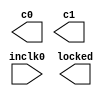
// megafunction wizard: %ALTPLL%VBB%
// GENERATION: STANDARD
// VERSION: WM1.0
// MODULE: altpll 

// ============================================================
// Megafunction Name(s):
// 			altpll
//
// Simulation Library Files(s):
// 			altera_mf
// ============================================================
// ************************************************************
// THIS IS A WIZARD-GENERATED FILE. DO NOT EDIT THIS FILE!
//
// 14.1.0 Build 186 12/03/2014 SJ Full Version
// ************************************************************

//Copyright (C) 1991-2014 Altera Corporation. All rights reserved.
//Your use of Altera Corporation's design tools, logic functions 
//and other software and tools, and its AMPP partner logic 
//functions, and any output files from any of the foregoing 
//(including device programming or simulation files), and any 
//associated documentation or information are expressly subject 
//to the terms and conditions of the Altera Program License 
//Subscription Agreement, the Altera Quartus II License Agreement,
//the Altera MegaCore Function License Agreement, or other 
//applicable license agreement, including, without limitation, 
//that your use is for the sole purpose of programming logic 
//devices manufactured by Altera and sold by Altera or its 
//authorized distributors.  Please refer to the applicable 
//agreement for further details.

module MyPLL (
	inclk0,
	c0,
	c1,
	locked);

	input	  inclk0;
	output	  c0;
	output	  c1;
	output	  locked;

endmodule

// ============================================================
// CNX file retrieval info
// ============================================================
// Retrieval info: PRIVATE: ACTIVECLK_CHECK STRING "0"
// Retrieval info: PRIVATE: BANDWIDTH STRING "1.000"
// Retrieval info: PRIVATE: BANDWIDTH_FEATURE_ENABLED STRING "1"
// Retrieval info: PRIVATE: BANDWIDTH_FREQ_UNIT STRING "MHz"
// Retrieval info: PRIVATE: BANDWIDTH_PRESET STRING "Low"
// Retrieval info: PRIVATE: BANDWIDTH_USE_AUTO STRING "1"
// Retrieval info: PRIVATE: BANDWIDTH_USE_PRESET STRING "0"
// Retrieval info: PRIVATE: CLKBAD_SWITCHOVER_CHECK STRING "0"
// Retrieval info: PRIVATE: CLKLOSS_CHECK STRING "0"
// Retrieval info: PRIVATE: CLKSWITCH_CHECK STRING "0"
// Retrieval info: PRIVATE: CNX_NO_COMPENSATE_RADIO STRING "0"
// Retrieval info: PRIVATE: CREATE_CLKBAD_CHECK STRING "0"
// Retrieval info: PRIVATE: CREATE_INCLK1_CHECK STRING "0"
// Retrieval info: PRIVATE: CUR_DEDICATED_CLK STRING "c0"
// Retrieval info: PRIVATE: CUR_FBIN_CLK STRING "c0"
// Retrieval info: PRIVATE: DEVICE_SPEED_GRADE STRING "Any"
// Retrieval info: PRIVATE: DIV_FACTOR0 NUMERIC "1"
// Retrieval info: PRIVATE: DIV_FACTOR1 NUMERIC "1"
// Retrieval info: PRIVATE: DUTY_CYCLE0 STRING "50.00000000"
// Retrieval info: PRIVATE: DUTY_CYCLE1 STRING "50.00000000"
// Retrieval info: PRIVATE: EFF_OUTPUT_FREQ_VALUE0 STRING "20.000000"
// Retrieval info: PRIVATE: EFF_OUTPUT_FREQ_VALUE1 STRING "80.000000"
// Retrieval info: PRIVATE: EXPLICIT_SWITCHOVER_COUNTER STRING "0"
// Retrieval info: PRIVATE: EXT_FEEDBACK_RADIO STRING "0"
// Retrieval info: PRIVATE: GLOCKED_COUNTER_EDIT_CHANGED STRING "1"
// Retrieval info: PRIVATE: GLOCKED_FEATURE_ENABLED STRING "0"
// Retrieval info: PRIVATE: GLOCKED_MODE_CHECK STRING "0"
// Retrieval info: PRIVATE: GLOCK_COUNTER_EDIT NUMERIC "1048575"
// Retrieval info: PRIVATE: HAS_MANUAL_SWITCHOVER STRING "1"
// Retrieval info: PRIVATE: INCLK0_FREQ_EDIT STRING "20.000"
// Retrieval info: PRIVATE: INCLK0_FREQ_UNIT_COMBO STRING "MHz"
// Retrieval info: PRIVATE: INCLK1_FREQ_EDIT STRING "100.000"
// Retrieval info: PRIVATE: INCLK1_FREQ_EDIT_CHANGED STRING "1"
// Retrieval info: PRIVATE: INCLK1_FREQ_UNIT_CHANGED STRING "1"
// Retrieval info: PRIVATE: INCLK1_FREQ_UNIT_COMBO STRING "MHz"
// Retrieval info: PRIVATE: INTENDED_DEVICE_FAMILY STRING "Cyclone IV E"
// Retrieval info: PRIVATE: INT_FEEDBACK__MODE_RADIO STRING "1"
// Retrieval info: PRIVATE: LOCKED_OUTPUT_CHECK STRING "1"
// Retrieval info: PRIVATE: LONG_SCAN_RADIO STRING "1"
// Retrieval info: PRIVATE: LVDS_MODE_DATA_RATE STRING "Not Available"
// Retrieval info: PRIVATE: LVDS_MODE_DATA_RATE_DIRTY NUMERIC "0"
// Retrieval info: PRIVATE: LVDS_PHASE_SHIFT_UNIT0 STRING "deg"
// Retrieval info: PRIVATE: LVDS_PHASE_SHIFT_UNIT1 STRING "deg"
// Retrieval info: PRIVATE: MIG_DEVICE_SPEED_GRADE STRING "Any"
// Retrieval info: PRIVATE: MIRROR_CLK0 STRING "0"
// Retrieval info: PRIVATE: MIRROR_CLK1 STRING "0"
// Retrieval info: PRIVATE: MULT_FACTOR0 NUMERIC "1"
// Retrieval info: PRIVATE: MULT_FACTOR1 NUMERIC "4"
// Retrieval info: PRIVATE: NORMAL_MODE_RADIO STRING "1"
// Retrieval info: PRIVATE: OUTPUT_FREQ0 STRING "100.00000000"
// Retrieval info: PRIVATE: OUTPUT_FREQ1 STRING "100.00000000"
// Retrieval info: PRIVATE: OUTPUT_FREQ_MODE0 STRING "0"
// Retrieval info: PRIVATE: OUTPUT_FREQ_MODE1 STRING "0"
// Retrieval info: PRIVATE: OUTPUT_FREQ_UNIT0 STRING "MHz"
// Retrieval info: PRIVATE: OUTPUT_FREQ_UNIT1 STRING "MHz"
// Retrieval info: PRIVATE: PHASE_RECONFIG_FEATURE_ENABLED STRING "1"
// Retrieval info: PRIVATE: PHASE_RECONFIG_INPUTS_CHECK STRING "0"
// Retrieval info: PRIVATE: PHASE_SHIFT0 STRING "0.00000000"
// Retrieval info: PRIVATE: PHASE_SHIFT1 STRING "0.00000000"
// Retrieval info: PRIVATE: PHASE_SHIFT_STEP_ENABLED_CHECK STRING "0"
// Retrieval info: PRIVATE: PHASE_SHIFT_UNIT0 STRING "deg"
// Retrieval info: PRIVATE: PHASE_SHIFT_UNIT1 STRING "deg"
// Retrieval info: PRIVATE: PLL_ADVANCED_PARAM_CHECK STRING "0"
// Retrieval info: PRIVATE: PLL_ARESET_CHECK STRING "0"
// Retrieval info: PRIVATE: PLL_AUTOPLL_CHECK NUMERIC "1"
// Retrieval info: PRIVATE: PLL_ENHPLL_CHECK NUMERIC "0"
// Retrieval info: PRIVATE: PLL_FASTPLL_CHECK NUMERIC "0"
// Retrieval info: PRIVATE: PLL_FBMIMIC_CHECK STRING "0"
// Retrieval info: PRIVATE: PLL_LVDS_PLL_CHECK NUMERIC "0"
// Retrieval info: PRIVATE: PLL_PFDENA_CHECK STRING "0"
// Retrieval info: PRIVATE: PLL_TARGET_HARCOPY_CHECK NUMERIC "0"
// Retrieval info: PRIVATE: PRIMARY_CLK_COMBO STRING "inclk0"
// Retrieval info: PRIVATE: RECONFIG_FILE STRING "MyPLL.mif"
// Retrieval info: PRIVATE: SACN_INPUTS_CHECK STRING "0"
// Retrieval info: PRIVATE: SCAN_FEATURE_ENABLED STRING "1"
// Retrieval info: PRIVATE: SELF_RESET_LOCK_LOSS STRING "0"
// Retrieval info: PRIVATE: SHORT_SCAN_RADIO STRING "0"
// Retrieval info: PRIVATE: SPREAD_FEATURE_ENABLED STRING "0"
// Retrieval info: PRIVATE: SPREAD_FREQ STRING "50.000"
// Retrieval info: PRIVATE: SPREAD_FREQ_UNIT STRING "KHz"
// Retrieval info: PRIVATE: SPREAD_PERCENT STRING "0.500"
// Retrieval info: PRIVATE: SPREAD_USE STRING "0"
// Retrieval info: PRIVATE: SRC_SYNCH_COMP_RADIO STRING "0"
// Retrieval info: PRIVATE: STICKY_CLK0 STRING "1"
// Retrieval info: PRIVATE: STICKY_CLK1 STRING "1"
// Retrieval info: PRIVATE: SWITCHOVER_COUNT_EDIT NUMERIC "1"
// Retrieval info: PRIVATE: SWITCHOVER_FEATURE_ENABLED STRING "1"
// Retrieval info: PRIVATE: SYNTH_WRAPPER_GEN_POSTFIX STRING "0"
// Retrieval info: PRIVATE: USE_CLK0 STRING "1"
// Retrieval info: PRIVATE: USE_CLK1 STRING "1"
// Retrieval info: PRIVATE: USE_CLKENA0 STRING "0"
// Retrieval info: PRIVATE: USE_CLKENA1 STRING "0"
// Retrieval info: PRIVATE: USE_MIL_SPEED_GRADE NUMERIC "0"
// Retrieval info: PRIVATE: ZERO_DELAY_RADIO STRING "0"
// Retrieval info: LIBRARY: altera_mf altera_mf.altera_mf_components.all
// Retrieval info: CONSTANT: BANDWIDTH_TYPE STRING "AUTO"
// Retrieval info: CONSTANT: CLK0_DIVIDE_BY NUMERIC "1"
// Retrieval info: CONSTANT: CLK0_DUTY_CYCLE NUMERIC "50"
// Retrieval info: CONSTANT: CLK0_MULTIPLY_BY NUMERIC "1"
// Retrieval info: CONSTANT: CLK0_PHASE_SHIFT STRING "0"
// Retrieval info: CONSTANT: CLK1_DIVIDE_BY NUMERIC "1"
// Retrieval info: CONSTANT: CLK1_DUTY_CYCLE NUMERIC "50"
// Retrieval info: CONSTANT: CLK1_MULTIPLY_BY NUMERIC "4"
// Retrieval info: CONSTANT: CLK1_PHASE_SHIFT STRING "0"
// Retrieval info: CONSTANT: COMPENSATE_CLOCK STRING "CLK0"
// Retrieval info: CONSTANT: INCLK0_INPUT_FREQUENCY NUMERIC "50000"
// Retrieval info: CONSTANT: INTENDED_DEVICE_FAMILY STRING "Cyclone IV E"
// Retrieval info: CONSTANT: LPM_TYPE STRING "altpll"
// Retrieval info: CONSTANT: OPERATION_MODE STRING "NORMAL"
// Retrieval info: CONSTANT: PLL_TYPE STRING "AUTO"
// Retrieval info: CONSTANT: PORT_ACTIVECLOCK STRING "PORT_UNUSED"
// Retrieval info: CONSTANT: PORT_ARESET STRING "PORT_UNUSED"
// Retrieval info: CONSTANT: PORT_CLKBAD0 STRING "PORT_UNUSED"
// Retrieval info: CONSTANT: PORT_CLKBAD1 STRING "PORT_UNUSED"
// Retrieval info: CONSTANT: PORT_CLKLOSS STRING "PORT_UNUSED"
// Retrieval info: CONSTANT: PORT_CLKSWITCH STRING "PORT_UNUSED"
// Retrieval info: CONSTANT: PORT_CONFIGUPDATE STRING "PORT_UNUSED"
// Retrieval info: CONSTANT: PORT_FBIN STRING "PORT_UNUSED"
// Retrieval info: CONSTANT: PORT_INCLK0 STRING "PORT_USED"
// Retrieval info: CONSTANT: PORT_INCLK1 STRING "PORT_UNUSED"
// Retrieval info: CONSTANT: PORT_LOCKED STRING "PORT_USED"
// Retrieval info: CONSTANT: PORT_PFDENA STRING "PORT_UNUSED"
// Retrieval info: CONSTANT: PORT_PHASECOUNTERSELECT STRING "PORT_UNUSED"
// Retrieval info: CONSTANT: PORT_PHASEDONE STRING "PORT_UNUSED"
// Retrieval info: CONSTANT: PORT_PHASESTEP STRING "PORT_UNUSED"
// Retrieval info: CONSTANT: PORT_PHASEUPDOWN STRING "PORT_UNUSED"
// Retrieval info: CONSTANT: PORT_PLLENA STRING "PORT_UNUSED"
// Retrieval info: CONSTANT: PORT_SCANACLR STRING "PORT_UNUSED"
// Retrieval info: CONSTANT: PORT_SCANCLK STRING "PORT_UNUSED"
// Retrieval info: CONSTANT: PORT_SCANCLKENA STRING "PORT_UNUSED"
// Retrieval info: CONSTANT: PORT_SCANDATA STRING "PORT_UNUSED"
// Retrieval info: CONSTANT: PORT_SCANDATAOUT STRING "PORT_UNUSED"
// Retrieval info: CONSTANT: PORT_SCANDONE STRING "PORT_UNUSED"
// Retrieval info: CONSTANT: PORT_SCANREAD STRING "PORT_UNUSED"
// Retrieval info: CONSTANT: PORT_SCANWRITE STRING "PORT_UNUSED"
// Retrieval info: CONSTANT: PORT_clk0 STRING "PORT_USED"
// Retrieval info: CONSTANT: PORT_clk1 STRING "PORT_USED"
// Retrieval info: CONSTANT: PORT_clk2 STRING "PORT_UNUSED"
// Retrieval info: CONSTANT: PORT_clk3 STRING "PORT_UNUSED"
// Retrieval info: CONSTANT: PORT_clk4 STRING "PORT_UNUSED"
// Retrieval info: CONSTANT: PORT_clk5 STRING "PORT_UNUSED"
// Retrieval info: CONSTANT: PORT_clkena0 STRING "PORT_UNUSED"
// Retrieval info: CONSTANT: PORT_clkena1 STRING "PORT_UNUSED"
// Retrieval info: CONSTANT: PORT_clkena2 STRING "PORT_UNUSED"
// Retrieval info: CONSTANT: PORT_clkena3 STRING "PORT_UNUSED"
// Retrieval info: CONSTANT: PORT_clkena4 STRING "PORT_UNUSED"
// Retrieval info: CONSTANT: PORT_clkena5 STRING "PORT_UNUSED"
// Retrieval info: CONSTANT: PORT_extclk0 STRING "PORT_UNUSED"
// Retrieval info: CONSTANT: PORT_extclk1 STRING "PORT_UNUSED"
// Retrieval info: CONSTANT: PORT_extclk2 STRING "PORT_UNUSED"
// Retrieval info: CONSTANT: PORT_extclk3 STRING "PORT_UNUSED"
// Retrieval info: CONSTANT: SELF_RESET_ON_LOSS_LOCK STRING "OFF"
// Retrieval info: CONSTANT: WIDTH_CLOCK NUMERIC "5"
// Retrieval info: USED_PORT: @clk 0 0 5 0 OUTPUT_CLK_EXT VCC "@clk[4..0]"
// Retrieval info: USED_PORT: c0 0 0 0 0 OUTPUT_CLK_EXT VCC "c0"
// Retrieval info: USED_PORT: c1 0 0 0 0 OUTPUT_CLK_EXT VCC "c1"
// Retrieval info: USED_PORT: inclk0 0 0 0 0 INPUT_CLK_EXT GND "inclk0"
// Retrieval info: USED_PORT: locked 0 0 0 0 OUTPUT GND "locked"
// Retrieval info: CONNECT: @inclk 0 0 1 1 GND 0 0 0 0
// Retrieval info: CONNECT: @inclk 0 0 1 0 inclk0 0 0 0 0
// Retrieval info: CONNECT: c0 0 0 0 0 @clk 0 0 1 0
// Retrieval info: CONNECT: c1 0 0 0 0 @clk 0 0 1 1
// Retrieval info: CONNECT: locked 0 0 0 0 @locked 0 0 0 0
// Retrieval info: GEN_FILE: TYPE_NORMAL MyPLL.v TRUE
// Retrieval info: GEN_FILE: TYPE_NORMAL MyPLL.ppf TRUE
// Retrieval info: GEN_FILE: TYPE_NORMAL MyPLL.inc TRUE
// Retrieval info: GEN_FILE: TYPE_NORMAL MyPLL.cmp TRUE
// Retrieval info: GEN_FILE: TYPE_NORMAL MyPLL.bsf TRUE
// Retrieval info: GEN_FILE: TYPE_NORMAL MyPLL_inst.v TRUE
// Retrieval info: GEN_FILE: TYPE_NORMAL MyPLL_bb.v TRUE
// Retrieval info: LIB_FILE: altera_mf
// Retrieval info: CBX_MODULE_PREFIX: ON